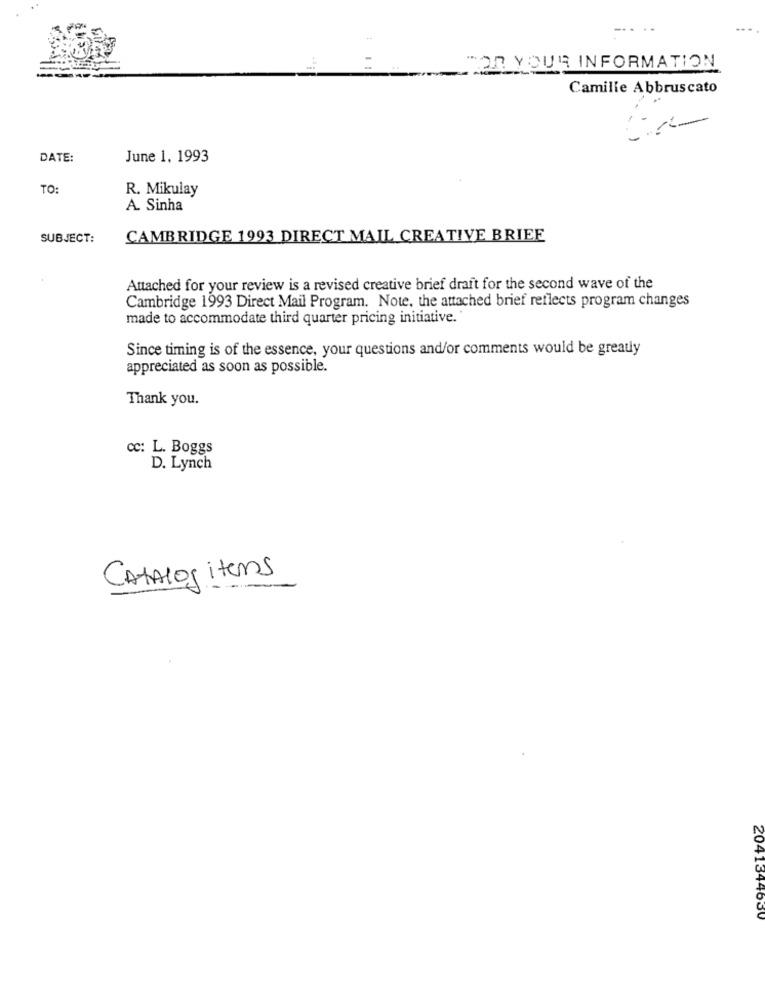
... ..
FOR YOUR INFORMATION
Camille Abbruscato
DATE:
June 1, 1993
TO:
R. Mikulay
A. Sinha
SUBJECT:
CAMBRIDGE 1993 DIRECT MAIL CREATIVE BRIEE
Attached for your review is a revised creative brief draft for the second wave of the
Cambridge 1993 Direct Mail Program. Note, the attached brief reflects program changes
made to accommodate third quarter pricing initiative.'
Since timing is of the essence, your questions and/or comments would be greatly
appreciated as soon as possible.
Thank you.
cc: L. Boggs
D. Lynch
Catalog items
2041344630